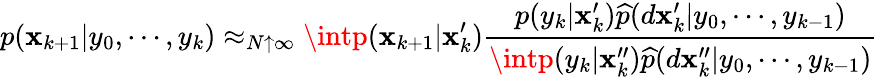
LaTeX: p(\mathbf{x}_{k+1}|y_{0},\cdots,y_{k})\approx_{N\uparrow\infty}\intp(\mathbf{x}_{k+1}|\mathbf{x}_{k}^{\prime}){\frac{{p(y_{k}|\mathbf{x}_{k}^{\prime}){\widehat{{p}}}(d\mathbf{x}_{k}^{\prime}|y_{0},\cdots,y_{k-1})}}{{\intp(y_{k}|\mathbf{x}_{k}^{\prime\prime}){\widehat{{p}}}(d\mathbf{x}_{k}^{\prime\prime}|y_{0},\cdots,y_{k-1})}}}